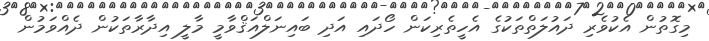
މިގޮތުން އެކުވެރި ދައުލަތްތަކުގެ އެހީތެރިކަން ހޯދައި އަދި ބައިނަލްއަޤްވާމީ މާލީ އިދާރާތަކުން ދެއްވަމުން